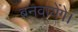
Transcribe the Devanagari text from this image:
बनवायेंगे।